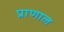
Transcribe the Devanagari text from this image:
प्राणाल